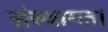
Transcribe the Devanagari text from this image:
संस्थागत।